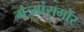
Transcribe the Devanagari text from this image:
मंत्र्यांसमोर